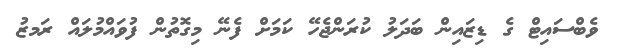
ވެބްސައިޓް ގެ ޑިޒައިން ބަދަލު ކުރަންޖެހޭ ކަމަށް ފެނޭ މިގޮތުން ފުވައްމުލައް ރަމޒު